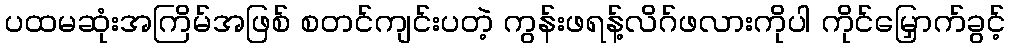
ပထမဆုံးအကြိမ်အဖြစ် စတင်ကျင်းပတဲ့ ကွန်းဖရန့်လိဂ်ဖလားကိုပါ ကိုင်မြှောက်ခွင့်